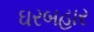
ઘરબહાર